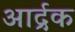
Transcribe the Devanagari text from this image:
आर्द्रक